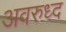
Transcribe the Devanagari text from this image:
अवरुध्द